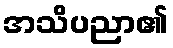
အသိပညာ၏